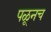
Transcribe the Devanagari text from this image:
पळूनच